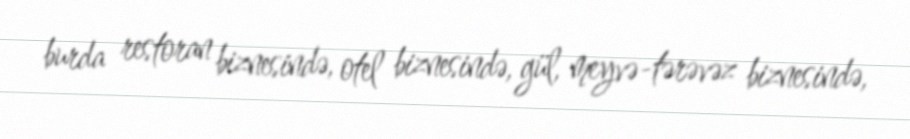
burda restoran biznesində, otel biznesində, gül, meyvə-tərəvəz biznesində,